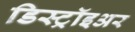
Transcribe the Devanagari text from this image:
डिस्ट्रॉइअर